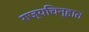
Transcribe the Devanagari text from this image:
राज्यचिन्हात